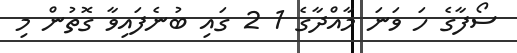
ސޯފާގެ ހަ ވަނަ މާއްދާގެ 1 2 ގައި ބުނެފައިވާ ގޮތުން މި